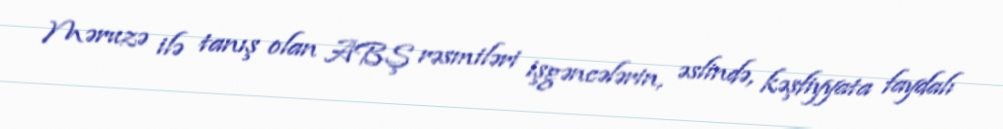
Məruzə ilə tanış olan ABŞ rəsmiləri işgəncələrin, əslində, kəşfiyyata faydalı